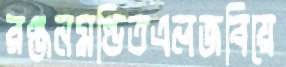
রঞ্জনমণ্ডিতএলজবিয়ে